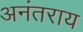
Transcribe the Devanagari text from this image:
अनंतराय